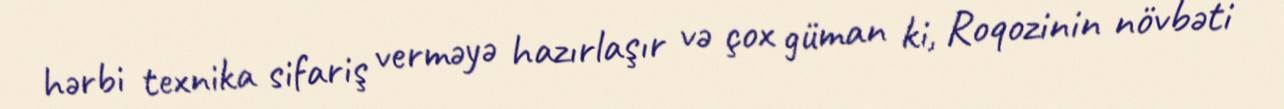
hərbi texnika sifariş verməyə hazırlaşır və çox güman ki, Roqozinin növbəti